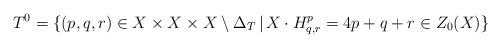
LaTeX: \begin{align*} T^0= \{(p,q,r)\in X\times X\times X\setminus \Delta_T\,|\, X\cdot H^p_{q,r}=4p+q+r \in Z_0(X)\}\end{align*}